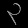
Digit: ၃